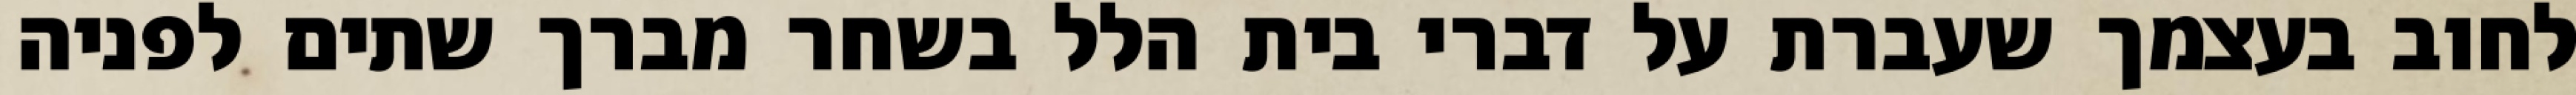
לחוב בעצמך שעברת על דברי בית הלל בשחר מברך שתים לפניה